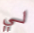
لي